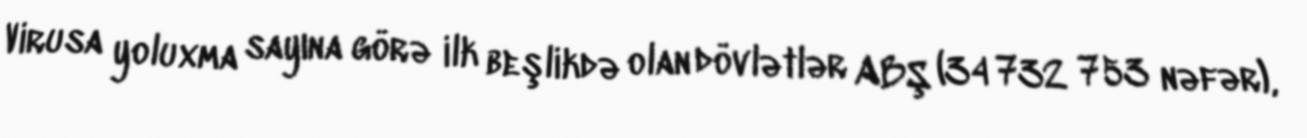
Virusa yoluxma sayına görə ilk beşlikdə olan dövlətlər ABŞ (34 732 753 nəfər),